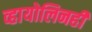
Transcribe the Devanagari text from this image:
व्हायोलिनही